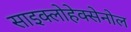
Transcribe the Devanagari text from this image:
साइक्लोहेक्सेनोल